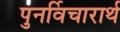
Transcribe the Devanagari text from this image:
पुनर्विचारार्थ